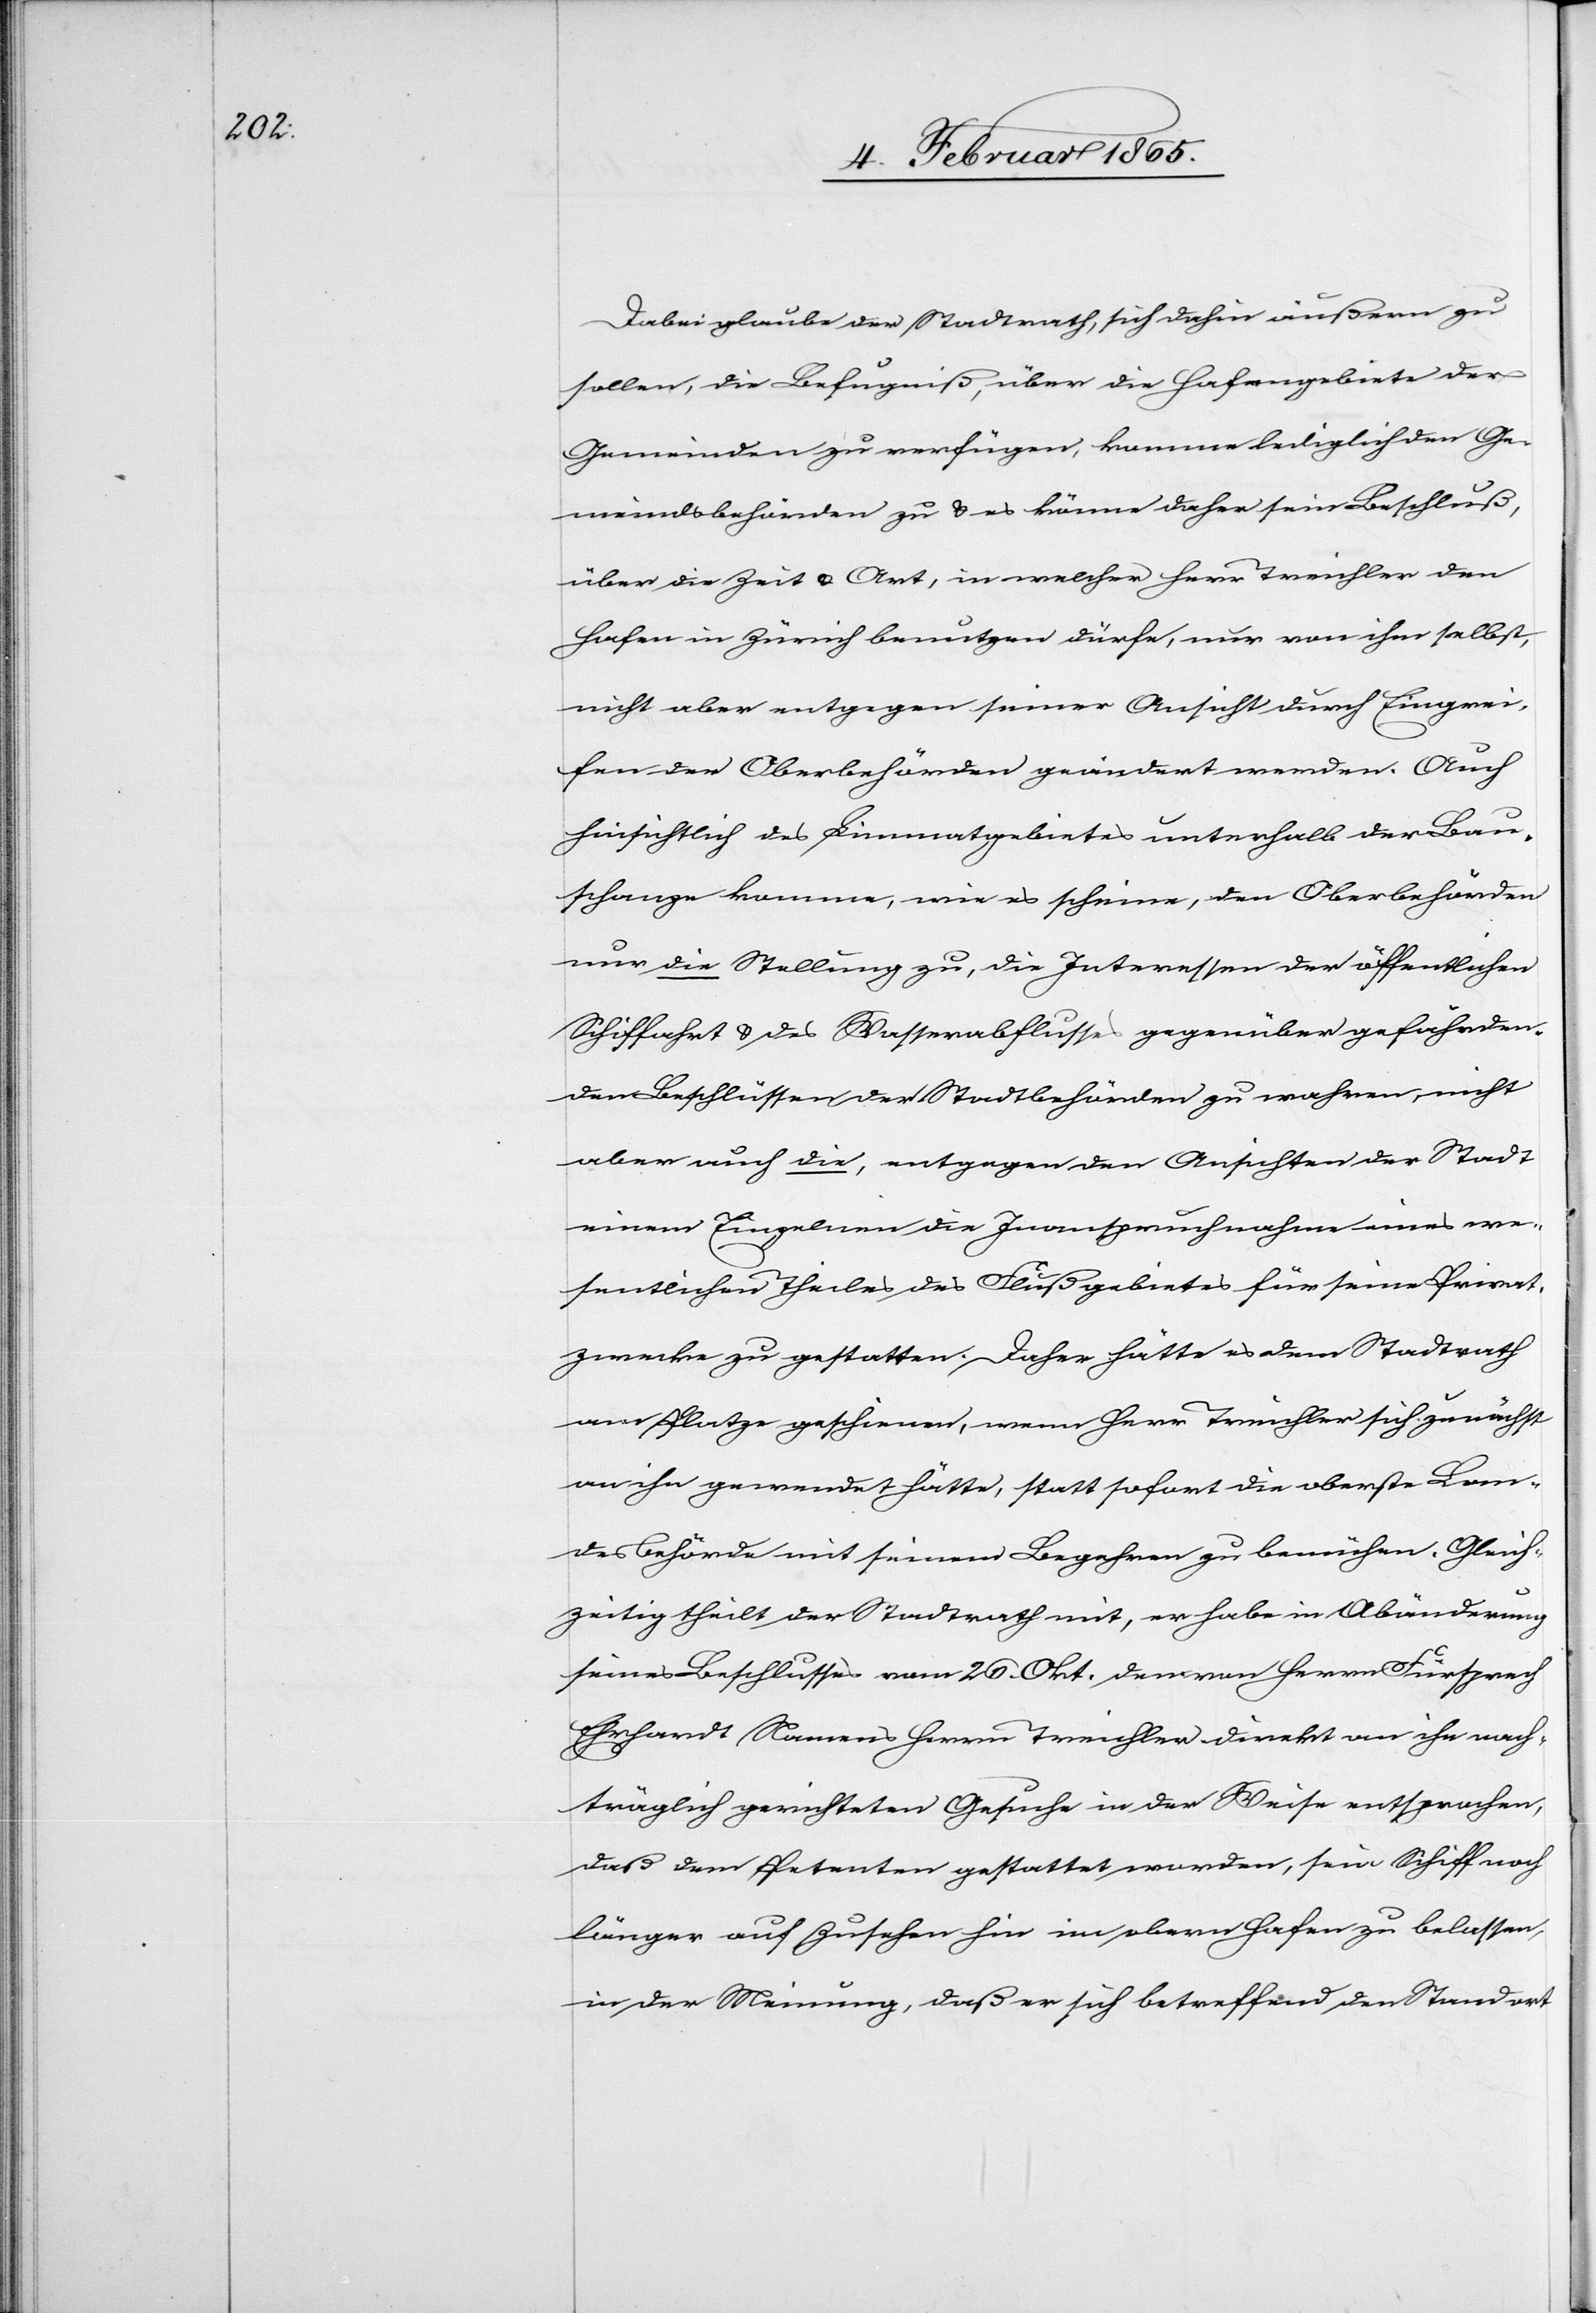
Dabei glaube der Stadtrath, sich dahin äußern zu
sollen, die Befugniß, über die Hafengebiete der
Gemeinden zu verfügen, komme lediglich den Ge¬
meindsbehörden zu u. es könne daher sein Beschluß,
über die Zeit u. Art, in welcher Herr Treichler den
Hafen in Zürich benutzen dürfe, nur von ihm selbst,
nicht aber entgegen seiner Ansicht durch Eingrei¬
fen der Oberbehörden geändert werden. Auch
hinsichtlich des Limmatgebietes unterhalb der Bau¬
schanze komme, wie es scheine, den Oberbehörden
nur die Stellung zu, die Interessen der öffentlichen
Schiffahrt u. des Wasserabflusses gegenüber gefährden¬
den Beschlüssen der Stadtbehörden zu wahren, nicht
aber auch die, entgegen den Ansichten der Stadt
einem Einzelnen die Inanspruchnahme eines we¬
sentlichen Theiles des Flußgebietes für seine Privat¬
zwecke zu gestatten. Daher hätte es dem Stadtrath
am Platze geschienen, wenn Herr Treichler sich zunächst
an ihn gewendet hätte, statt sofort die oberste Lan¬
desbehörde mit seinem Begehren zu bemühen. Gleich¬
zeitig theilt der Stadtrath mit, er habe in Abänderung
seines Beschlusses vom 26. Okt. dem von Herrn Fürsprech
Ehrhardt Namens Herrn Treichler direkt an ihn nach¬
träglich gerichteten Gesuche in der Weise entsprochen,
daß dem Petenten gestattet worden, sein Schiff noch
länger auf Zusehen hin im obern Hafen zu belassen,
in der Meinung, daß er sich betreffend den Standort